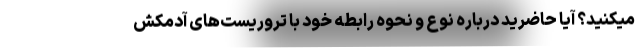
میکنید؟ آیا حاضرید درباره نوع و نحوه رابطه خود با تروریست‌های آدمکش